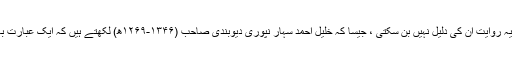
اگر مقلدین کی بات کو صحیح تسلیم کر بھی لیا جائے تو پھر بھی یہ روایت ان کی دلیل نہیں بن سکتی ، جیسا کہ خلیل احمد سہار نپوری دیوبندی صاحب (۱۳۴۶-۱۲۶۹ھ) لکھتے ہیں کہ ایک عبارت بعض نسخوں میں ہوا اور بعض میں نہ ہو تو وہ مشکوک ہوتی ہے۔